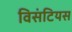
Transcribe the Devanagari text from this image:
विसंटियस